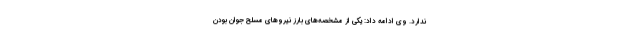
ندارد. وی ادامه داد: یکی از مشخصه‌های بارز نیروهای مسلح جوان بودن